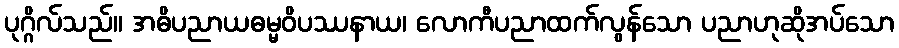
ပုဂ္ဂိလ်သည်။ အဓိပညာယဓမ္မဝိပဿနာယ၊ လောကီပညာထက်လွန်သော ပညာဟုဆိုအပ်သော